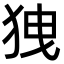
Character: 㹭